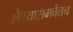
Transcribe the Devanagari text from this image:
शेवयासमवेतच